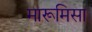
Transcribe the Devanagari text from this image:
मारूमिसा